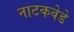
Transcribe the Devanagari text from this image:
नाटकवेडे